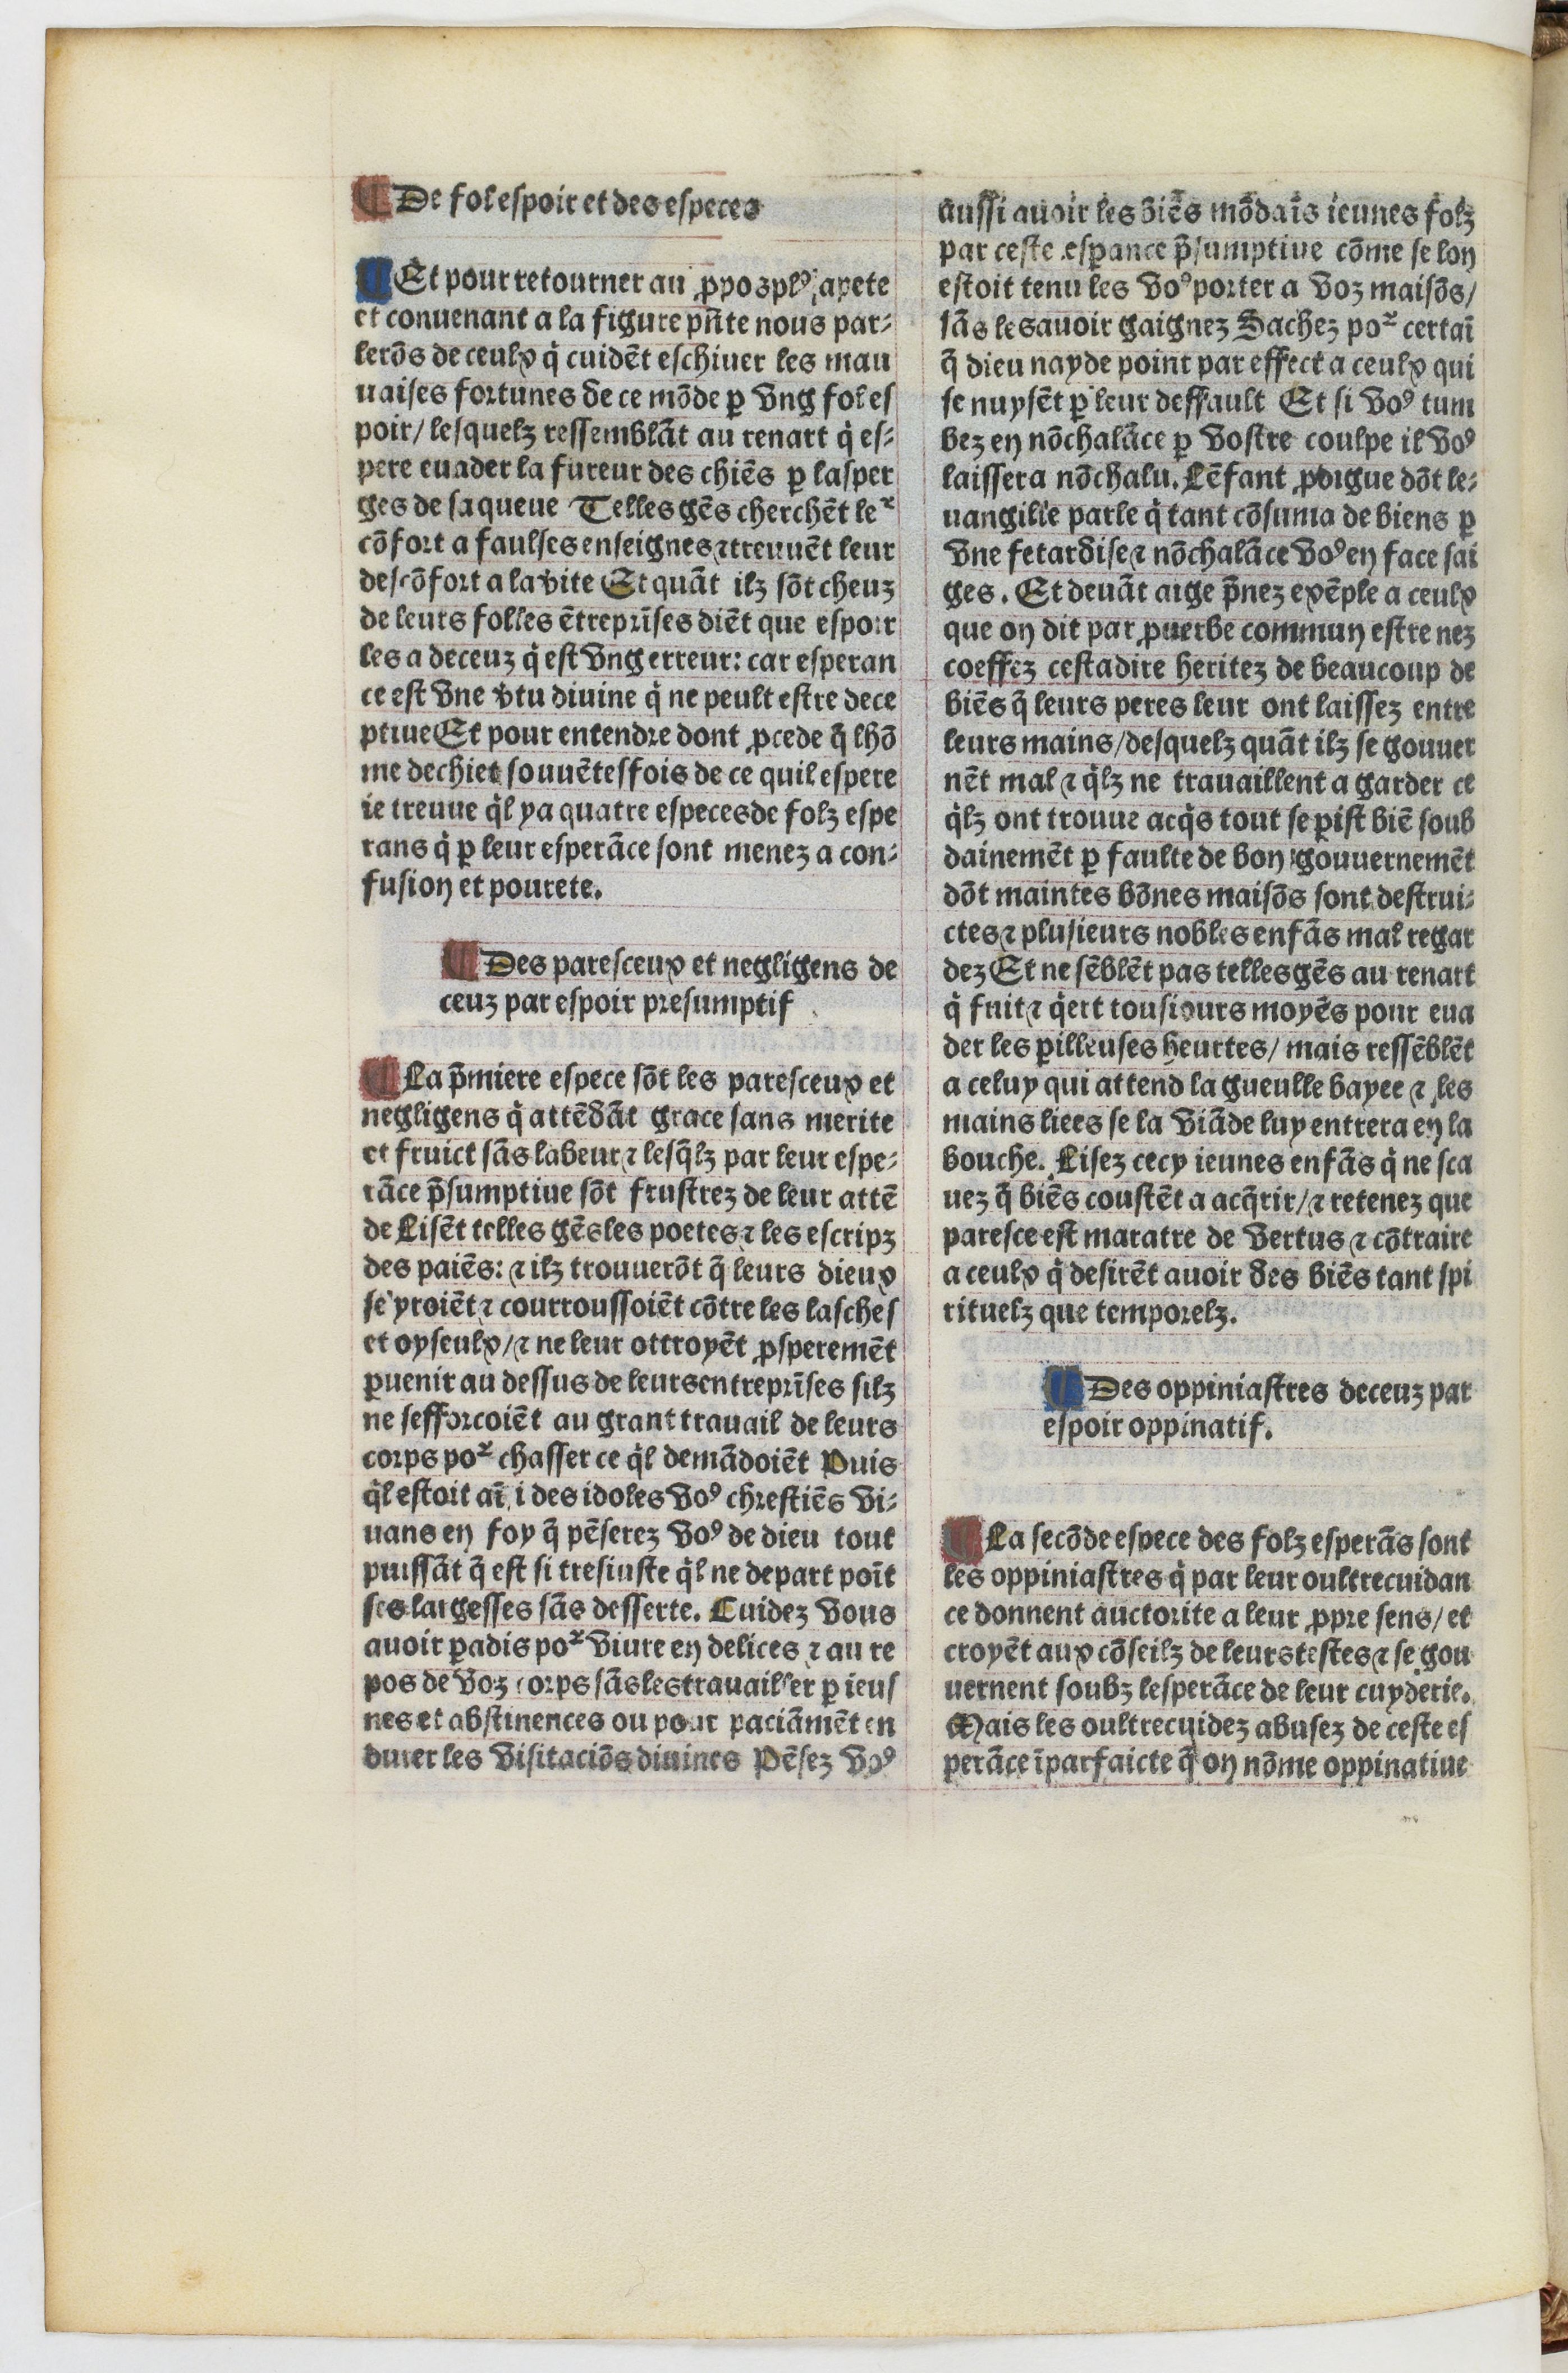
Shelfmark: Paris, BnF, Velins 1103
Century: 16